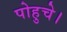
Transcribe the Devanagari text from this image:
पोहुचे।